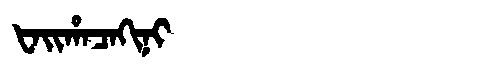
Manchu: ᡶᠠᡳᡥᠠᠴᠠᡴᡳᠨᡳ
Romanization: FAIHACAKINI